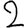
Digit: 2